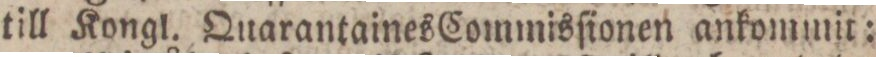
till Kongl. Quarantaines Commisſionen ankommit: